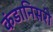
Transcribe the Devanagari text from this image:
कंडानिसरी